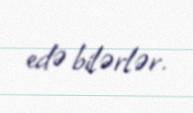
edə bilərlər.